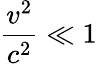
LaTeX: {\frac{v^{2}}{c^{2}}}\ll 1